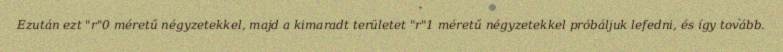
Ezután ezt "r"0 méretű négyzetekkel, majd a kimaradt területet "r"1 méretű négyzetekkel próbáljuk lefedni, és így tovább.